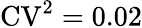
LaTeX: \mathrm{CV}^{2}=0.02